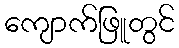
ကျောက်ဖြူတွင်